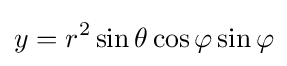
y=r^{2}\sin \theta \cos \varphi \sin \varphi